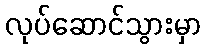
လုပ်ဆောင်သွားမှာ